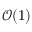
\mathcal { O } ( 1 )